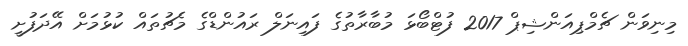
މިނިވަން ޗެމްޕިއަންޝިޕް 2017 ފުޓްބޯޅަ މުބާރާތުގެ ފައިނަލް ރައުންޑްގެ މެޗުތައް ކުޅުމަށް އޭދަފުށީ